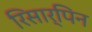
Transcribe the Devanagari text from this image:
रिसार्पिन